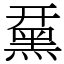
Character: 䵤